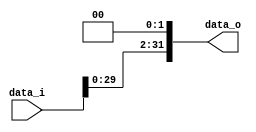
//Subject:      CO project 2 - Shift_Left_Two_32
//--------------------------------------------------------------------------------
//Version:     1
//--------------------------------------------------------------------------------
//Writer: 0416024  0516310 f
//--------------------------------------------------------------------------------
//Description: 
//--------------------------------------------------------------------------------

module Shift_Left_Two_32(
    data_i,
    data_o
    );

//I/O ports                    
input [32-1:0] data_i;
output [32-1:0] data_o;

//shift left 2

assign data_o[31:2] = data_i[29:0];
assign data_o[1:0] = 0;
endmodule